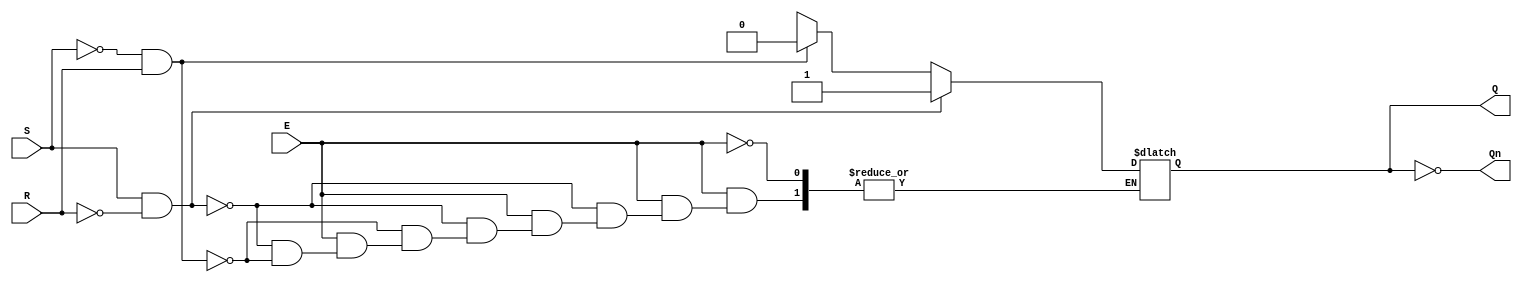
module gated_sr_latch (
    input wire S,      // Set input
    input wire R,      // Reset input
    input wire E,      // Enable input
    output reg Q,      // Output Q
    output wire Qn     // Complementary output Q'
);

// Always block to implement the gated SR latch functionality
always @(*) begin
    if (E) begin
        if (S && !R) begin
            Q = 1'b1;  // Set Q to 1
        end else if (!S && R) begin
            Q = 1'b0;  // Reset Q to 0
        end else if (S && R) begin
            // Invalid state, you can choose to handle it as needed
            // For now, we will keep Q unchanged (previous state)
            Q = Q;     // Retain previous state (undefined behavior)
        end else begin
            // When both S and R are low, retain previous state
            Q = Q;     // Retain previous state
        end
    end
    // If E is low, retain the previous state
end

// Complementary output
assign Qn = ~Q;

endmodule